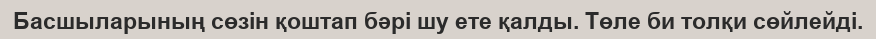
Басшыларының сөзін қоштап бәрі шу ете қалды. Төле би толқи сөйлейді.